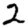
Digit: 2